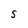
Character: S